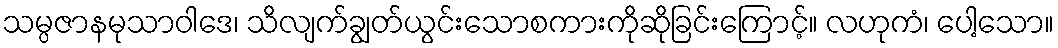
သမ္ပဇာနမုသာဝါဒေ၊ သိလျက်ချွတ်ယွင်းသောစကားကိုဆိုခြင်းကြောင့်။ လဟုကံ၊ ပေါ့သော။